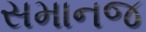
સમાનજ